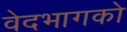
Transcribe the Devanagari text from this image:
वेदभागको